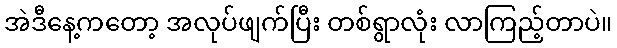
အဲဒီနေ့ကတော့ အလုပ်ဖျက်ပြီး တစ်ရွာလုံး လာကြည့်တာပဲ။